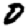
Digit: 0